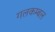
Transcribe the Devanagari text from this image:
गलकम्बल